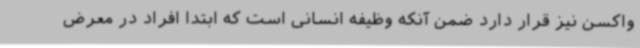
واکسن نیز قرار دارد ضمن آنکه وظیفه انسانی است که ابتدا افراد در معرض